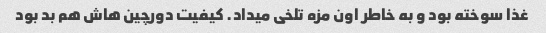
غذا سوخته بود و به خاطر اون مزه تلخی میداد. کیفیت دورچین هاش هم بد بود